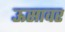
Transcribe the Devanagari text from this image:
ऊसावर